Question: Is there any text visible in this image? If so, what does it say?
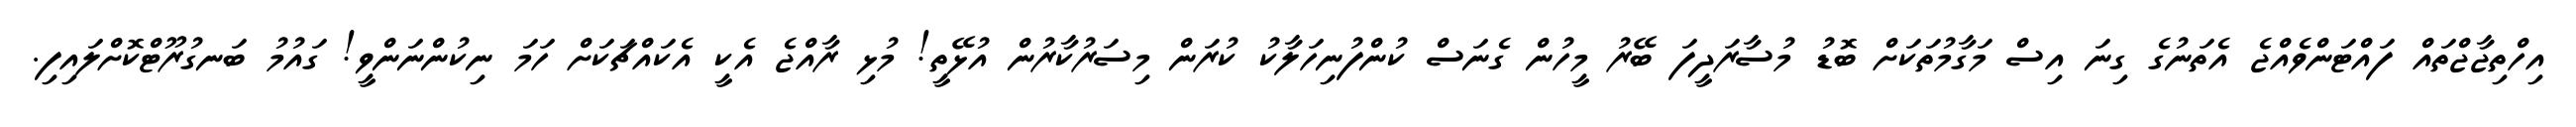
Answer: އިހްތިޖާޖްތައް ފައްޓަންވެއްޖެ އެތަނުގެ ގިނަ އިސް މަގާމުތަކަށް ބޮޑު މުސާރަދީފަ ބޭރު މީހުން ގެނަސް ކުންފުނިހަލާކު ކުރަން މިސަރުކާރުން އުޅޭތީ! މުޅި ރާއްޖެ އެކީ އެކައްޗަކަށް ހަމަ ނިކުންނަންވީ! ގައުމު ބަނގުރޫޓްކޮށްލައިފި.